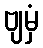
ဗျမှံ